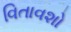
વિતાવશો